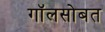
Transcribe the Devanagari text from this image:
गॉलसोबत